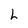
Character: h